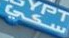
سكي